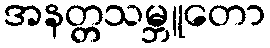
အနတ္တသမ္ဘူတော